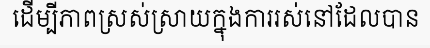
ដើម្បីភាពស្រស់ស្រាយក្នុងការរស់នៅដែលបាន